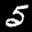
Label: 5